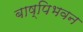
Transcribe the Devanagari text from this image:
बाष्पिभवन